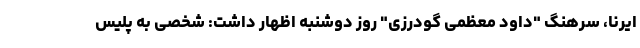
ایرنا، سرهنگ "داود معظمی گودرزی" روز دوشنبه اظهار داشت: شخصی به پلیس